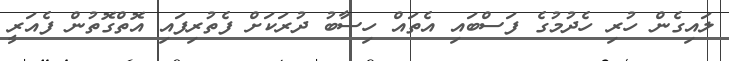
ލައިގެން ހުރި ހެދުމުގެ ފަސްބައި އެތައް ހިސާބު ދުރަކަށް ފެތުރިފައި އޮތްގޮތުން ފެއަރީ